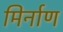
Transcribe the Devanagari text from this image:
मिर्नाण